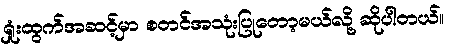
ရှုံးထွက်အဆင့်မှာ စတင်အသုံးပြုတော့မယ်လို့ ဆိုပါတယ်။